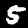
Label: 5